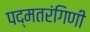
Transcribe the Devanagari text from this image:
पद्मतरंगिणी